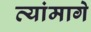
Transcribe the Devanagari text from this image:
त्यांमागे